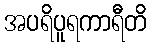
အပရိပူရကာရီတိ